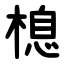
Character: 㮩